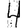
Digit: 4